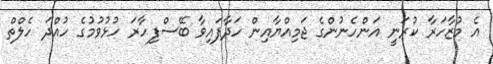
އެ މުޒާހަރާ ކުރަނީ އަންހެނުންގެ ޖަމިއްޔާއިން ހަދާފައިވާ ބޭސްފިހާރަ ހުޅުވުމުގެ ހުއްދަ ހެލްތް